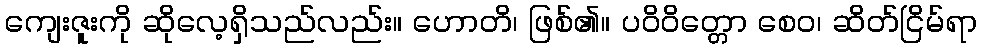
ကျေးဇူးကို ဆိုလေ့ရှိသည်လည်း။ ဟောတိ၊ ဖြစ်၏။ ပဝိဝိတ္တော စေဝ၊ ဆိတ်ငြိမ်ရာ